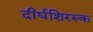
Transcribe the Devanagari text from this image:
दीर्घशिरस्क